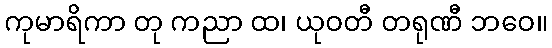
ကုမာရိကာ တု ကညာ ထ၊ ယုဝတီ တရုဏီ ဘဝေ။